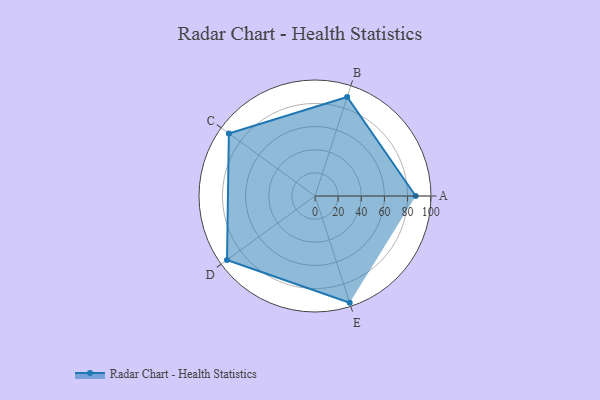
{"axis": {"x": "Skill", "y": "Score"}, "legend": ["Profile"], "data": [{"x": "A", "y": 87.0, "type": "Profile"}, {"x": "B", "y": 90.0, "type": "Profile"}, {"x": "C", "y": 92.0, "type": "Profile"}, {"x": "D", "y": 94.0, "type": "Profile"}, {"x": "E", "y": 97.0, "type": "Profile"}]}